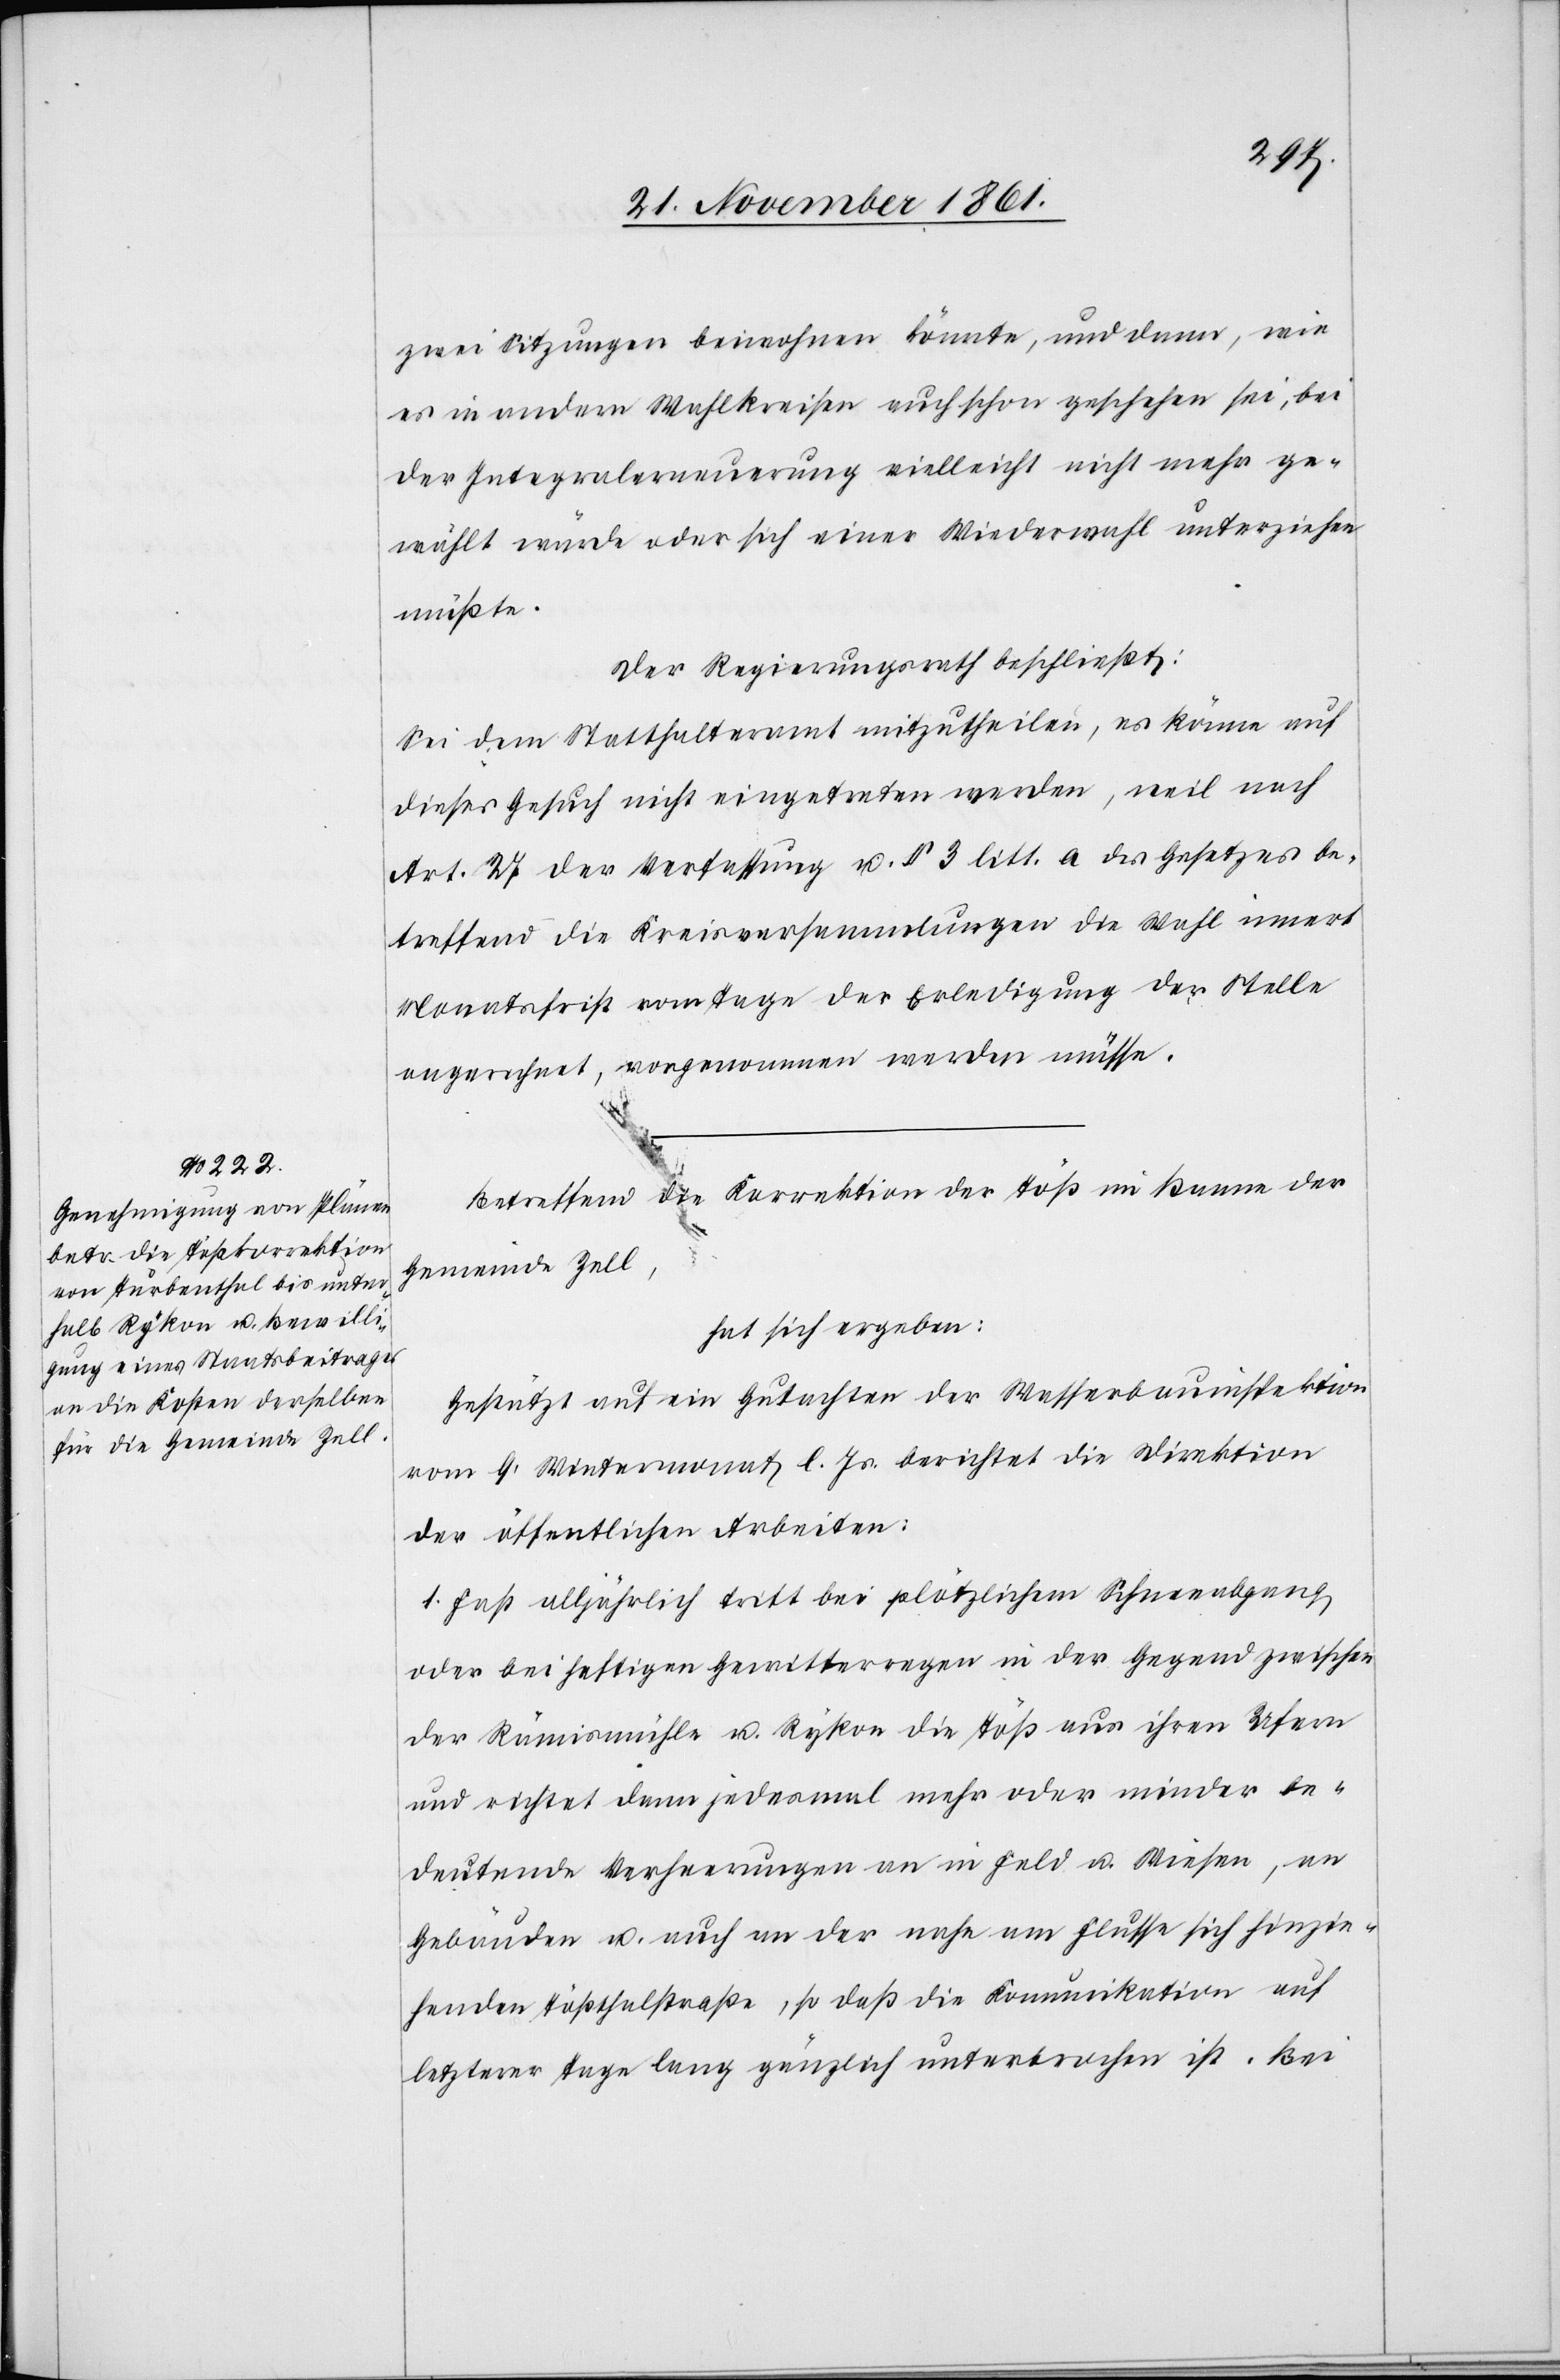
zwei Sitzungen beiwohnen könnte, und dann, wie
es in andern Wahlkreisen auch schon geschehen sei, bei
der Integralerneuerung vielleicht nicht mehr ge¬
wählt würde oder sich einer Wiederwahl unterziehen
müßte.
Der Regierungsrath beschließt:
Sei dem Statthalteramte mitzutheilen, es könne auf
dieses Gesuch nicht eingetreten werden, weil nach
Art. 24 der Verfassung u. § 3 litt. a. des Gesetzes be¬
treffend die Kreisversammlungen die Wahl innert
Monatsfrist vom Tage der Erledigung der Stelle
angerechnet, vorgenommen werden müsse.
Betreffend die Korrektion der Töß im Banne der
Gemeinde Zell,
hat sich ergeben:
Gestützt auf ein Gutachten der Wasserbauinspektion
vom 9 Wintermonat l. Js. berichtet die Direktion
der öffentlichen Arbeiten:
1. Fast alljährlich tritt bei plötzlichem Schneeabgang
oder bei heftigen Gewittertagen in der Gegend zwischen
der Rämismühle u. Rykon die Töß aus ihren Ufern
und richtet dann jedesmal mehr oder minder be¬
deutende Verheerungen an in Feld u. Wiesen, an
Gebäuden u. auch an der nahe am Flusse sich hinzie¬
henden Tößthalstraße, so daß die Kommunikation auf
letzterer Tage lang gänzlich unterbrochen ist. Bei